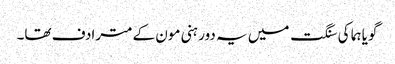
گویا ہما کی سنگت میں یہ دور ہنی مون کے مترادف تھا۔